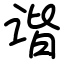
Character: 谐